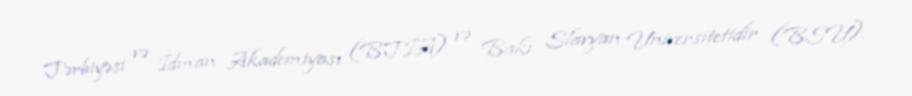
Tərbiyəsi və İdman Akademiyası (BTİA) və Bakı Slavyan Universitetidir (BSU).